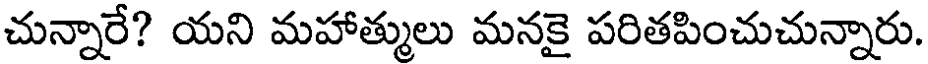
చున్నారే? యని మహాత్ములు మనకై పరితపించుచున్నారు.